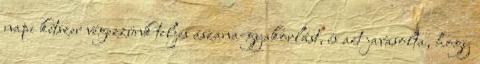
napi kétszer végezzünk teljes ászana-gyakorlást, és azt javasolta, hogy